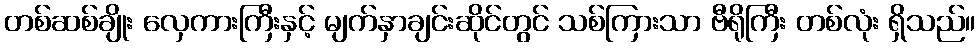
တစ်ဆစ်ချိုး လှေကားကြီးနှင့် မျက်နှာချင်းဆိုင်တွင် သစ်ကြားသာ ဗီရိုကြီး တစ်လုံး ရှိသည်။